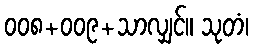
၀၀၈+၀၀၉+သာလျှင်။ သုတံ၊